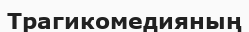
Трагикомедияның